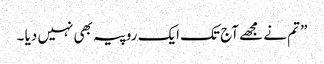
” تم نے مجھے آج تک ایک روپیہ بھی نہیں دیا ۔